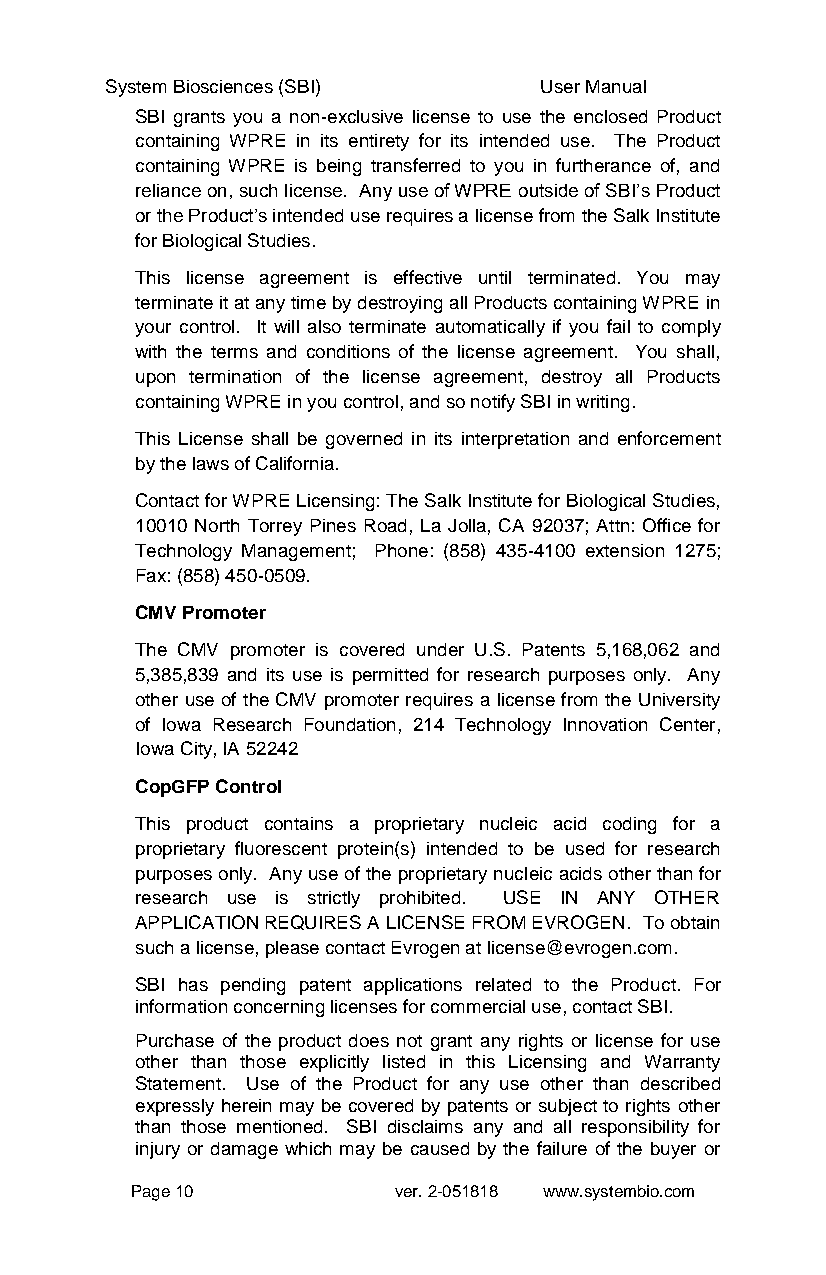
System Biosciences (SBI)     User Manual
 SBI grants you a non-exclusive license to use the enclosed Product
 containing WPRE in its entirety for its intended use. The Product
 containing WPRE is being transferred to you in furtherance of, and
 reliance on, such license. Any use of WPRE outside of SBI’s Product
 or the Product’s intended use requires a license from the Salk Institute
 for Biological Studies.
 This license agreement is effective until terminated. You may
 terminate it at any time by destroying all Products containing WPRE in
 your control. It will also terminate automatically if you fail to comply
 with the terms and conditions of the license agreement. You shall,
 upon termination of the license agreement, destroy all Products
 containing WPRE in you control, and so notify SBI in writing.
 This License shall be governed in its interpretation and enforcement
 by the laws of California.
 Contact for WPRE Licensing: The Salk Institute for Biological Studies,
 10010 North Torrey Pines Road, La Jolla, CA 92037; Attn: Office for
 Technology Management; Phone: (858) 435-4100 extension 1275;
 Fax: (858) 450-0509.
 CMV Promoter
 The CMV promoter is covered under U.S. Patents 5,168,062 and
 5,385,839 and its use is permitted for research purposes only. Any
 other use of the CMV promoter requires a license from the University
 of Iowa Research Foundation, 214 Technology Innovation Center,
 Iowa City, IA 52242
 CopGFP Control
 This product contains a proprietary nucleic acid coding for a
 proprietary fluorescent protein(s) intended to be used for research
 purposes only. Any use of the proprietary nucleic acids other than for
 research use is strictly prohibited. USE IN ANY OTHER
 APPLICATION REQUIRES A LICENSE FROM EVROGEN. To obtain
 such a license, please contact Evrogen at license@evrogen.com.
 SBI has pending patent applications related to the Product. For
 information concerning licenses for commercial use, contact SBI.
 Purchase of the product does not grant any rights or license for use
 other than those explicitly listed in this Licensing and Warranty
 Statement. Use of the Product for any use other than described
 expressly herein may be covered by patents or subject to rights other
 than those mentioned. SBI disclaims any and all responsibility for
 injury or damage which may be caused by the failure of the buyer or
 Page 10          ver. 2-051818 www.systembio.com